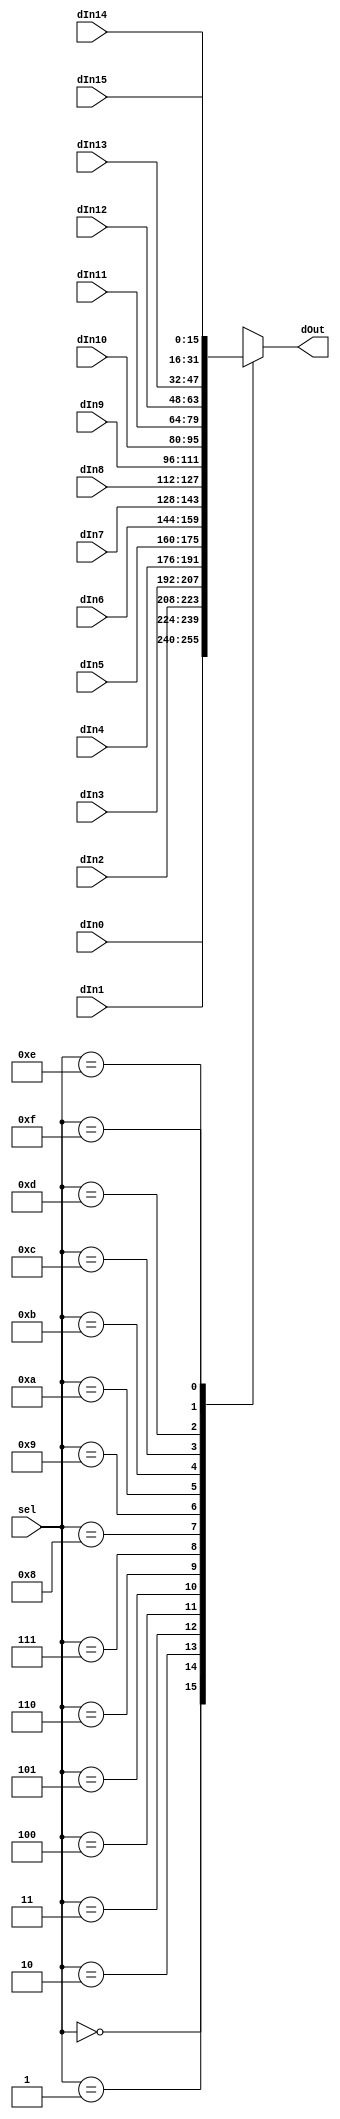
`timescale 1ns / 1ps
//////////////////////////////////////////////////////////////////////////////////
// Company: 
// Engineer: 
// 
// Design Name: 
// Module Name: Mux16B16to1
// Project Name: 
// Target Devices: 
// Tool Versions: 
// Description: 
// 
// Dependencies: 
// 
// Revision:
// Revision 0.01 - File Created
// Additional Comments:
// 
//////////////////////////////////////////////////////////////////////////////////


module Mux16B16to1(
    input [15:0] dIn0,
    input [15:0] dIn1,
    input [15:0] dIn2,
    input [15:0] dIn3,
    input [15:0] dIn4,
    input [15:0] dIn5,
    input [15:0] dIn6,
    input [15:0] dIn7,
    input [15:0] dIn8,
    input [15:0] dIn9,
    input [15:0] dIn10,
    input [15:0] dIn11,
    input [15:0] dIn12,
    input [15:0] dIn13,
    input [15:0] dIn14,
    input [15:0] dIn15,
    input [3:0] sel,
    output reg [15:0] dOut = 16'h0000
  );
  
  always @ (*) begin
    case(sel)
      4'b0000: dOut[15:0] <= dIn0[15:0];
      4'b0001: dOut[15:0] <= dIn1[15:0];
      4'b0010: dOut[15:0] <= dIn2[15:0];
      4'b0011: dOut[15:0] <= dIn3[15:0];
      4'b0100: dOut[15:0] <= dIn4[15:0];
      4'b0101: dOut[15:0] <= dIn5[15:0];
      4'b0110: dOut[15:0] <= dIn6[15:0];
      4'b0111: dOut[15:0] <= dIn7[15:0];
      4'b1000: dOut[15:0] <= dIn8[15:0];
      4'b1001: dOut[15:0] <= dIn9[15:0];
      4'b1010: dOut[15:0] <= dIn10[15:0];
      4'b1011: dOut[15:0] <= dIn11[15:0];
      4'b1100: dOut[15:0] <= dIn12[15:0];
      4'b1101: dOut[15:0] <= dIn13[15:0];
      4'b1110: dOut[15:0] <= dIn14[15:0];
      4'b1111: dOut[15:0] <= dIn15[15:0];
    endcase
  end
  
endmodule